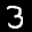
Label: 3